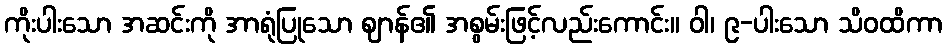
ကိုးပါးသော အဆင်းကို အာရုံပြုသော ဈာန်၏ အစွမ်းဖြင့်လည်းကောင်း။ ဝါ၊ ၉-ပါးသော သိဝထိကာ